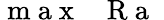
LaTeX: \mathrm{~m~a~x~}\, \mathrm{~\textit~{~R~a~}~}